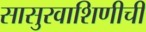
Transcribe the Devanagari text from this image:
सासुरवाशिणीची